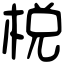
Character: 棁